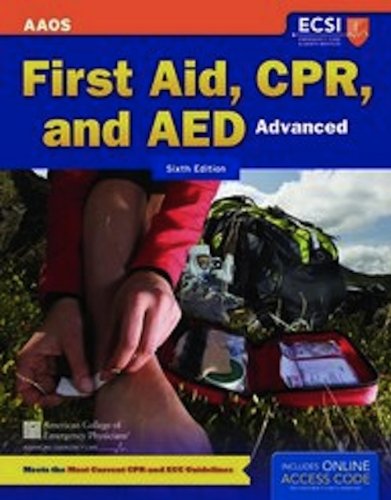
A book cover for First Aid, CPR and AED Advanced; American Academy of Orthopaedic Surgeons (AAOS); Medical Books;